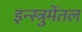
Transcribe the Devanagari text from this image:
इन्स्त्रुमेंतल